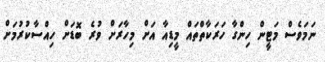
ނަމަވެސް މަޓީން ހިންގާ ހަރަކާތްތައް މީޑިއާ އަށް މިހާރަށް ވުރެ ބޮޑަށް ހިއްސާކުރުމަށް